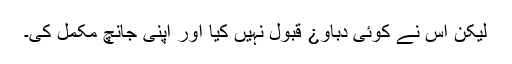
لیکن اس نے کوئی دباو¿ قبول نہیں کیا اور اپنی جانچ مکمل کی۔